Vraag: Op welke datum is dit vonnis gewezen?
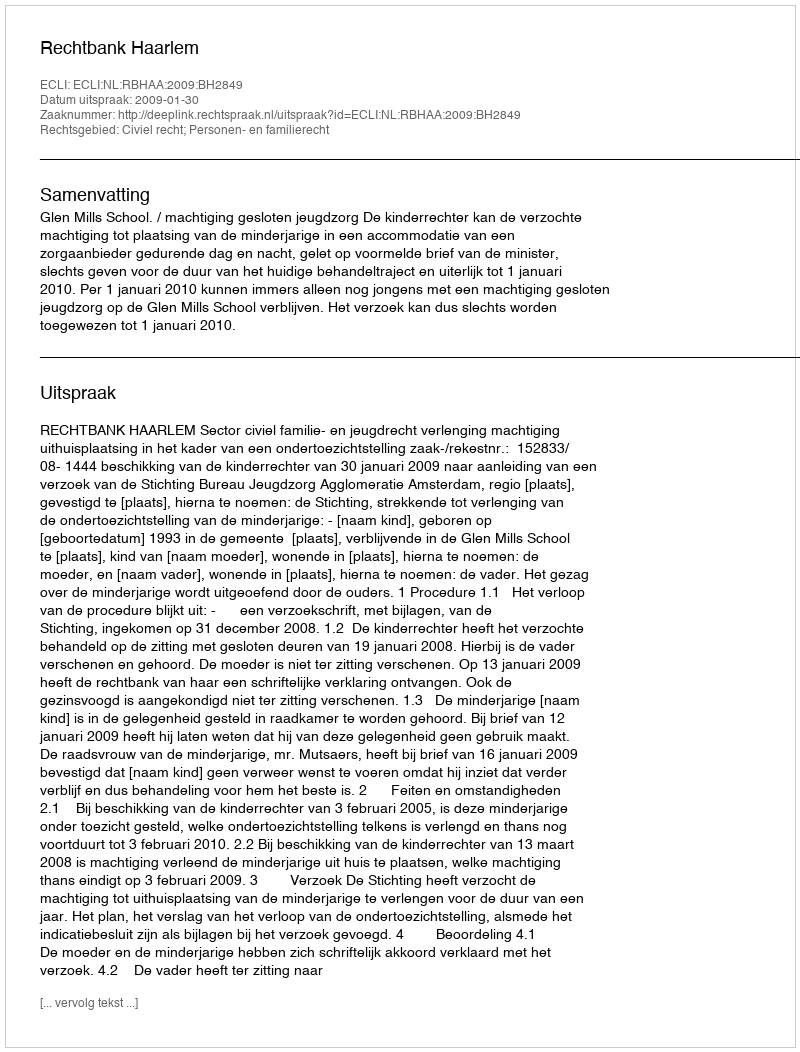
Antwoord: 2009-01-30